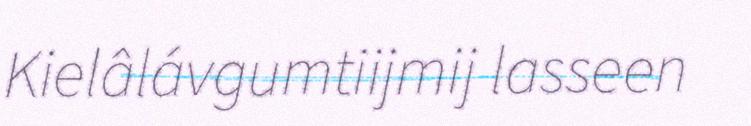
Kielâlávgumtiijmij lasseen